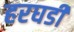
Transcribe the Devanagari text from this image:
हरघडी